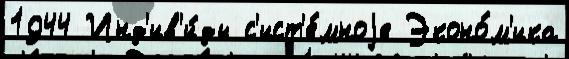
1944 Инд'ив'и́ды с'ист'е́мноjе Эконо́м'ика